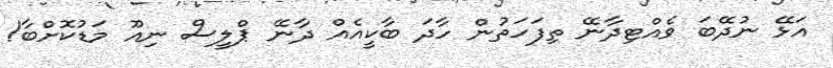
އަޅޭ ނުދޭބަ ވެއްޓިދާނޭ ތިފަހަތުން ހާދަ ބާކީއެއް ދާނޭ ޕްލީސް ނިއޫ މަޑުކޮށްބާ!